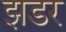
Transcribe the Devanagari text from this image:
झडर